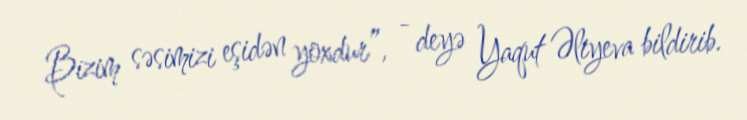
Bizim səsimizi eşidən yoxdur”, - deyə Yaqut Əliyeva bildirib.